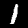
Digit: 1